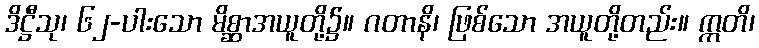
ဒိဋ္ဌီသု၊ ၆၂-ပါးသော မိစ္ဆာအယူတို့၌။ ဂတာနိ၊ ဖြစ်သော အယူတို့တည်း။ ဣတိ၊